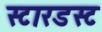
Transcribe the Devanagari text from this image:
स्‍टारडस्‍ट